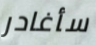
سأغادر